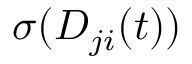
\sigma ( D _ { j i } ( t ) )